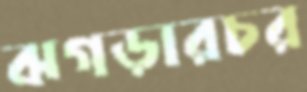
ঝগড়ারচর